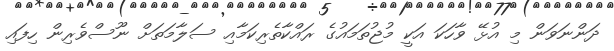
ދަންނަވަން މި އުޅޭ ވާހަކަ އަކީ މުޖުތަމައުގެ ރައްކާތެރިކަމާއި ސަލާމަތަށް ނޫސްވެރިން ހިފައި